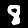
Label: 8